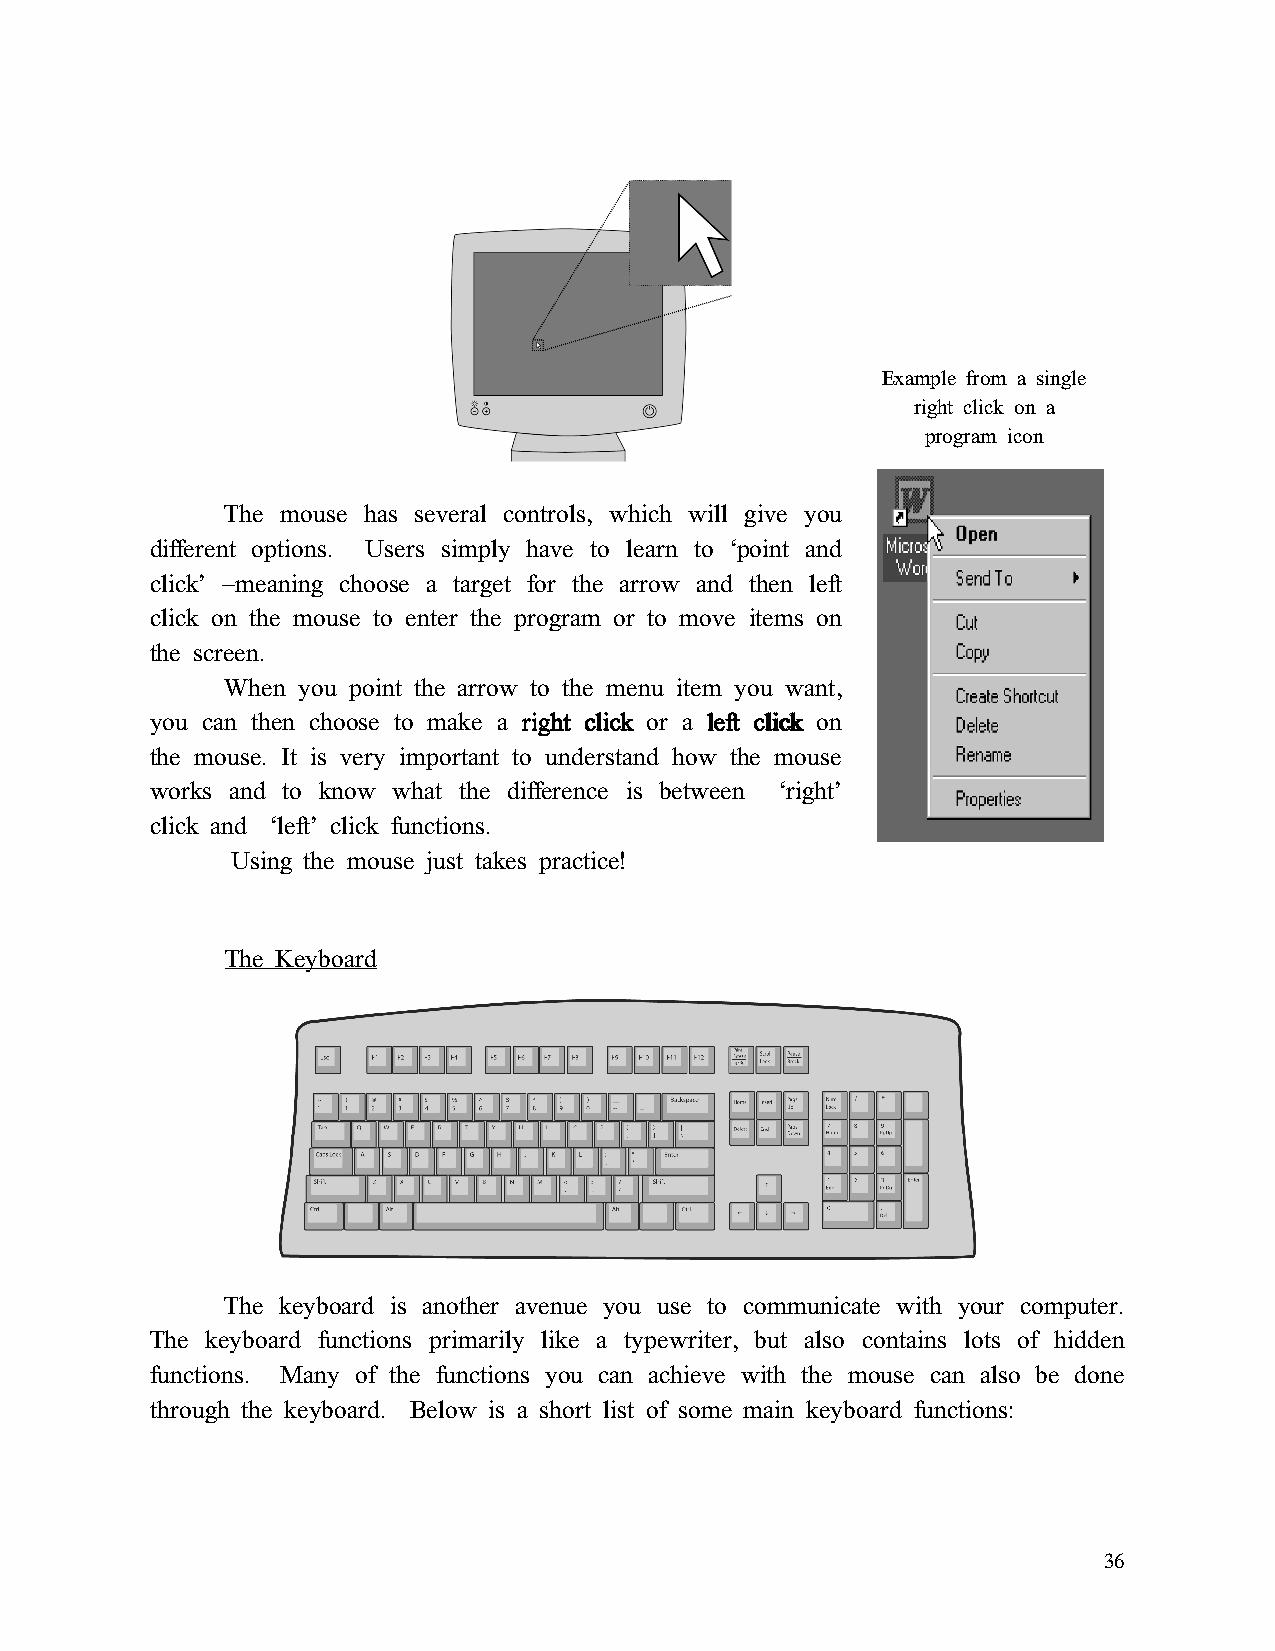
Example from a single
 right click on a
 program icon
 The mouse has several controls, which will give you
 different options. Users simply have to learn to ‘point and
 click’ –meaning choose a target for the arrow and then left
 click on the mouse to enter the program or to move items on
 the screen.
 When you point the arrow to the menu item you want,
 you can then choose to make a rrrriiiigggghhhhtttt cccclllliiiicccckkkk or a lllleeeefffftttt cccclllliiiicccckkkk on
 the mouse. It is very important to understand how the mouse
 works and to know what the difference is between ‘right’
 click and ‘left’ click functions.
 Using the mouse just takes practice!
 The Keyboard
 The keyboard is another avenue you use to communicate with your computer.
 The keyboard functions primarily like a typewriter, but also contains lots of hidden
 functions. Many of the functions you can achieve with the mouse can also be done
 through the keyboard. Below is a short list of some main keyboard functions:
 36